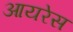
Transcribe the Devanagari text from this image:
आयरेस